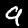
Label: 9